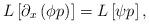
LaTeX: \begin{align*}L\left[ \partial_{x}\left( \phi p\right) \right] =L\left[ \psi p\right], \end{align*}